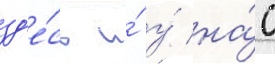
зд'е́сь и́ у́ на́с